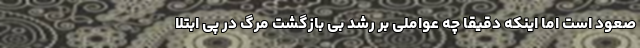
صعود است اما اینکه دقیقا چه عواملی بر رشد بی بازگشت مرگ در پی ابتلا